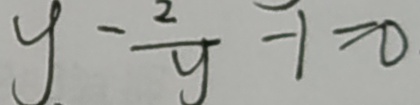
y - \frac { 2 } { y } - 1 = 0